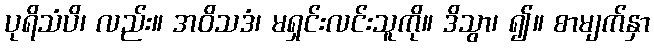
ပုရိသံပိ၊ လည်း။ အဝိသဒံ၊ မရှင်းလင်းသူကို။ ဒိသွာ၊ ၍။ စာမျက်နှာ